Insane asylums Bombay 1873-77 - 1873-1877
Year: 1873
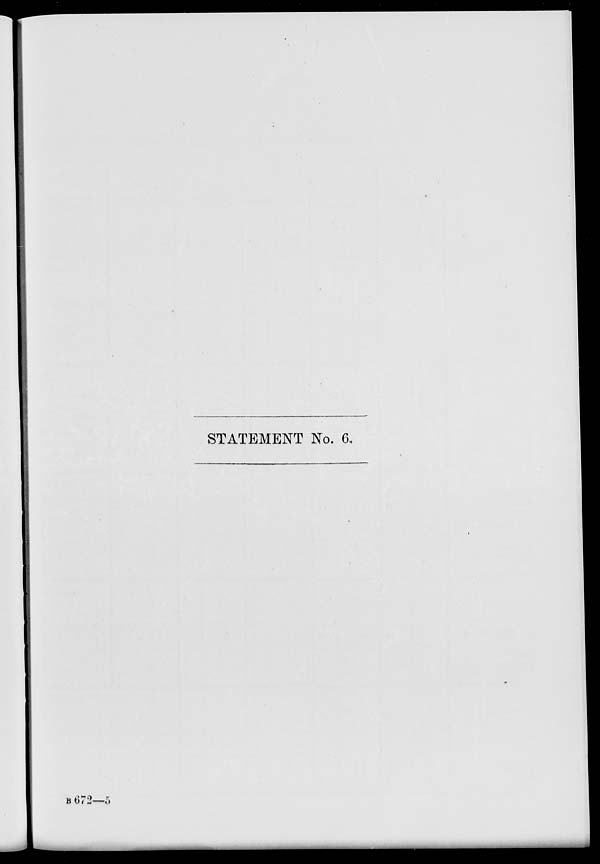
STATEMENT No. 6.
B 672—5